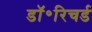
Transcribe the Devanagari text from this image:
डॉ॰रिचर्ड